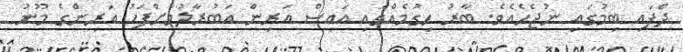
ދެފައި ބިމުގައި ނުޖެހެއެވެ. ބާރު ހިގުމެއްގައި އައިސް އަރިން އަބުރާލުމަށްފަހު އަރިންގެ މޫނު